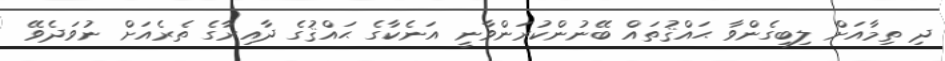
ދި ތިމާއަށް ލިބިގެންވާ ޙައްޤުތައް ބޭނުންކުރަންވާނީ އަނެކާގެ ޙައްޤުގެ ދާއިރާގެ ތެރެއަށް ނުވަދެވޭ